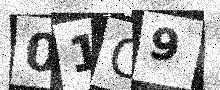
Text: 01C9